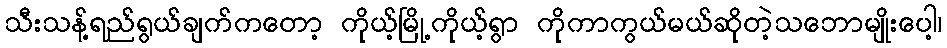
သီးသန့်ရည်ရွယ်ချက်ကတော့ ကိုယ့်မြို့ကိုယ့်ရွာ ကိုကာကွယ်မယ်ဆိုတဲ့သဘောမျိုးပေါ့၊